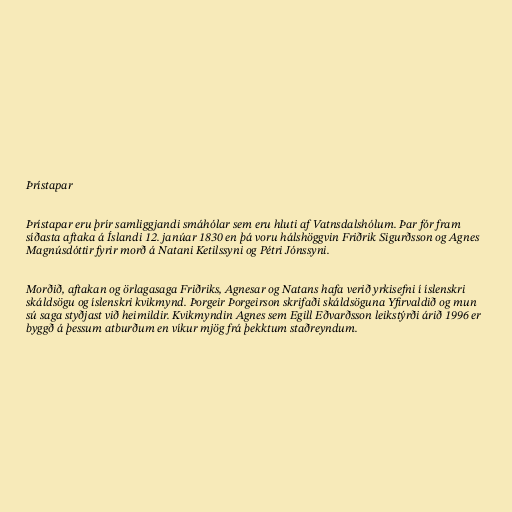
Þrístapar

Þrístapar eru þrír samliggjandi smáhólar sem eru hluti af Vatnsdalshólum. Þar fór fram
síðasta aftaka á Íslandi 12. janúar 1830 en þá voru hálshöggvin Friðrik Sigurðsson og Agnes
Magnúsdóttir fyrir morð á Natani Ketilssyni og Pétri Jónssyni.

Morðið, aftakan og örlagasaga Friðriks, Agnesar og Natans hafa verið yrkisefni í íslenskri
skáldsögu og íslenskri kvikmynd. Þorgeir Þorgeirson skrifaði skáldsöguna Yfirvaldið og mun
sú saga styðjast við heimildir. Kvikmyndin Agnes sem Egill Eðvarðsson leikstýrði árið 1996 er
byggð á þessum atburðum en víkur mjög frá þekktum staðreyndum.